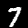
Label: 7